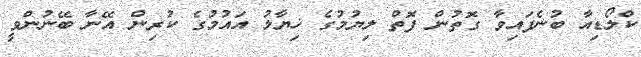
ކްލޯޑިއާ ބުނެފައިވާ ގޮތުން ފޮތް ލިޔުމުގެ ޚިޔާލު އައުމުގެ ކުރިން އޭނާ ބޭނުންވީ